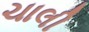
ચાલી